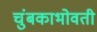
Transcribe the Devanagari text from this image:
चुंबकाभोवती